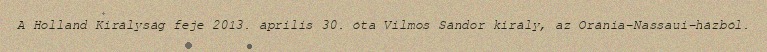
A Holland Királyság feje 2013. április 30. óta Vilmos Sándor király, az Oránia–Nassaui-házból.